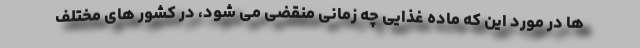
ها در مورد این که ماده غذایی چه زمانی منقضی می شود، در کشور های مختلف